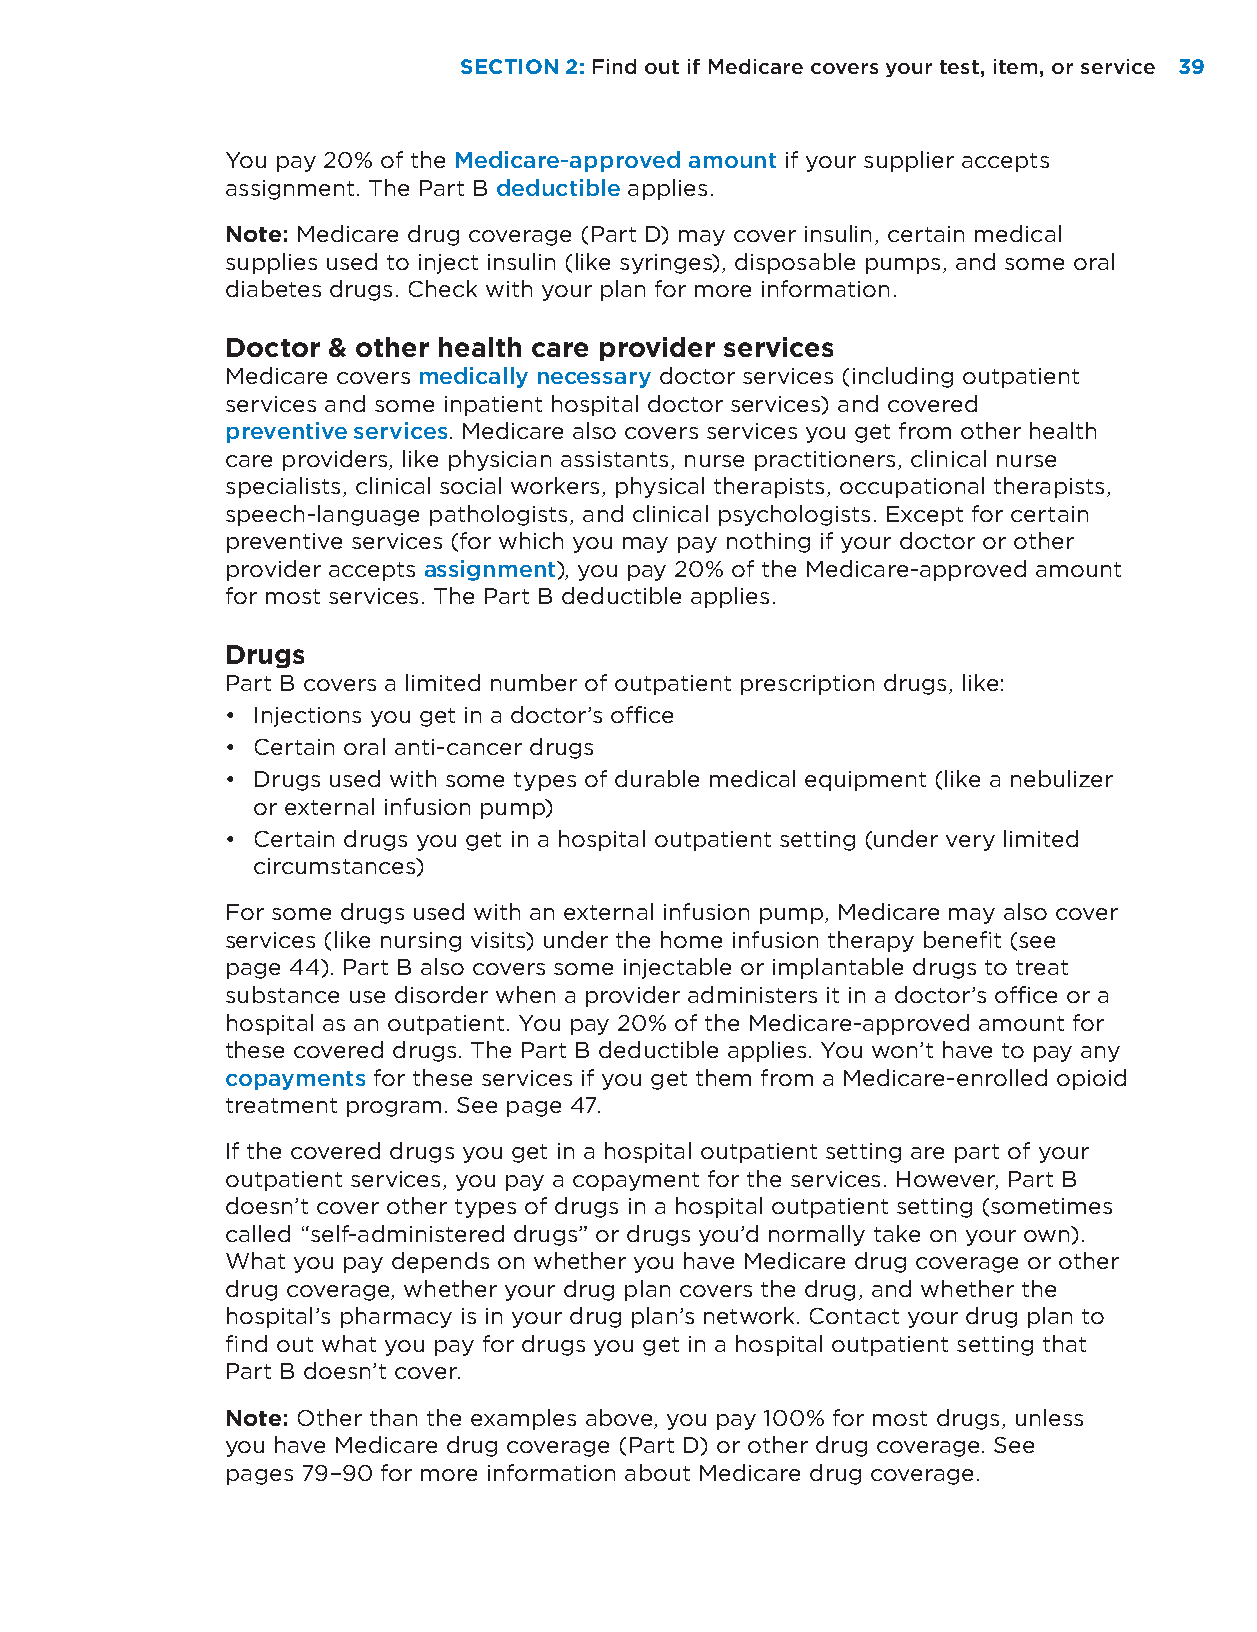
SECTION 2: Find out if Medicare covers your test, item, or service 39
 You pay 20% of the Medicare-approved amount if your supplier accepts
 assignment. The Part B deductible applies.
 Note: Medicare drug coverage (Part D) may cover insulin, certain medical
 supplies used to inject insulin (like syringes), disposable pumps, and some oral
 diabetes drugs. Check with your plan for more information.
 Doctor & other health care provider services
 Medicare covers medically necessary doctor services (including outpatient
 services and some inpatient hospital doctor services) and covered
 preventive services. Medicare also covers services you get from other health
 care providers, like physician assistants, nurse practitioners, clinical nurse
 specialists, clinical social workers, physical therapists, occupational therapists,
 speech-language pathologists, and clinical psychologists. Except for certain
 preventive services (for which you may pay nothing if your doctor or other
 provider accepts assignment), you pay 20% of the Medicare-approved amount
 for most services. The Part B deductible applies.
 Drugs
 Part B covers a limited number of outpatient prescription drugs, like:
 • Injections you get in a doctor’s office
 • Certain oral anti-cancer drugs
 • Drugs used with some types of durable medical equipment (like a nebulizer
 or external infusion pump)
 • Certain drugs you get in a hospital outpatient setting (under very limited
 circumstances)
 For some drugs used with an external infusion pump, Medicare may also cover
 services (like nursing visits) under the home infusion therapy benefit (see
 page 44). Part B also covers some injectable or implantable drugs to treat
 substance use disorder when a provider administers it in a doctor’s office or a
 hospital as an outpatient. You pay 20% of the Medicare-approved amount for
 these covered drugs. The Part B deductible applies. You won’t have to pay any
 copayments for these services if you get them from a Medicare-enrolled opioid
 treatment program. See page 47.
 If the covered drugs you get in a hospital outpatient setting are part of your
 outpatient services, you pay a copayment for the services. However, Part B
 doesn’t cover other types of drugs in a hospital outpatient setting (sometimes
 called “self-administered drugs” or drugs you’d normally take on your own).
 What you pay depends on whether you have Medicare drug coverage or other
 drug coverage, whether your drug plan covers the drug, and whether the
 hospital’s pharmacy is in your drug plan’s network. Contact your drug plan to
 find out what you pay for drugs you get in a hospital outpatient setting that
 Part B doesn’t cover.
 Note: Other than the examples above, you pay 100% for most drugs, unless
 you have Medicare drug coverage (Part D) or other drug coverage. See
 pages 79–90 for more information about Medicare drug coverage.